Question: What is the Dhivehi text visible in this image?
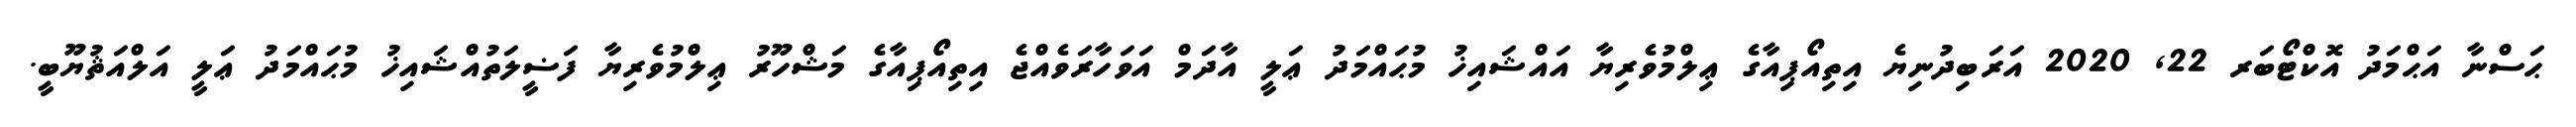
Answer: ޙަސްނާ އަޙްމަދު އޮކްޓޯބަރ 22, 2020 އަރަބިދުނިޔެ އިތިއޯޕިއާގެ ޢިލްމުވެރިޔާ އައްޝައިޚު މުޙައްމަދު ޢަލީ އާދަމް އަވަހާރަވެއްޖެ އިތިއޯޕިއާގެ މަޝްހޫރު ޢިލްމުވެރިޔާ ފަޟީލަތުއްޝައިޚު މުޙައްމަދު ޢަލީ އަލްއަޘުޔޫބީ.